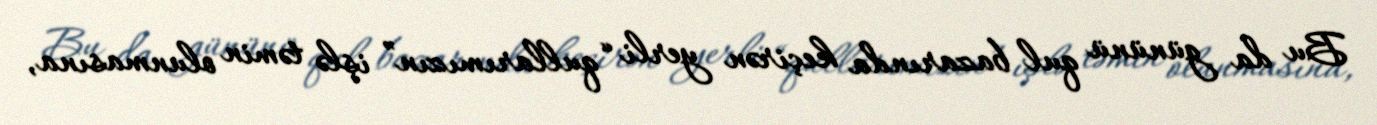
Bu da gününü qul bazarında keçirən yerli “qullarımızın” işlə təmin olunmasına,